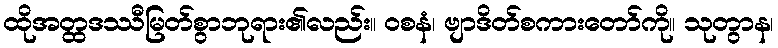
ထိုအတ္ထဒဿီမြတ်စွာဘုရား၏လည်း။ ဝစနံ၊ ဗျာဒိတ်စကားတော်ကို။ သုတွာန၊